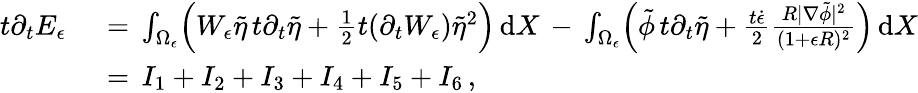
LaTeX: \begin{array}{rl}{t\partial_{t}E_{\epsilon}\, }&{{}=\, \int_{\Omega_{\epsilon}}\Bigl(W_{\epsilon}\tilde{\eta}\, t\partial_{t}\tilde{\eta}+\frac 12t(\partial_{t}W_{\epsilon})\tilde{\eta}^{2}\Bigr)\, \mathrm{d}X\, -\, \int_{\Omega_{\epsilon}}\Bigl(\tilde{\phi}\, t\partial_{t}\tilde{\eta}+\frac{t\dot{\epsilon}}{2}\frac{R|\nabla\tilde{\phi}|^{2}}{(1+\epsilon R)^{2}}\Bigr)\, \mathrm{d}X}\\ {\, }&{{}=\, I_{1}+I_{2}+I_{3}+I_{4}+I_{5}+I_{6}\, ,}\end{array}